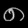
Digit: ၈